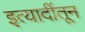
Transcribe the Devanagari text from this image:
इत्यादींतून